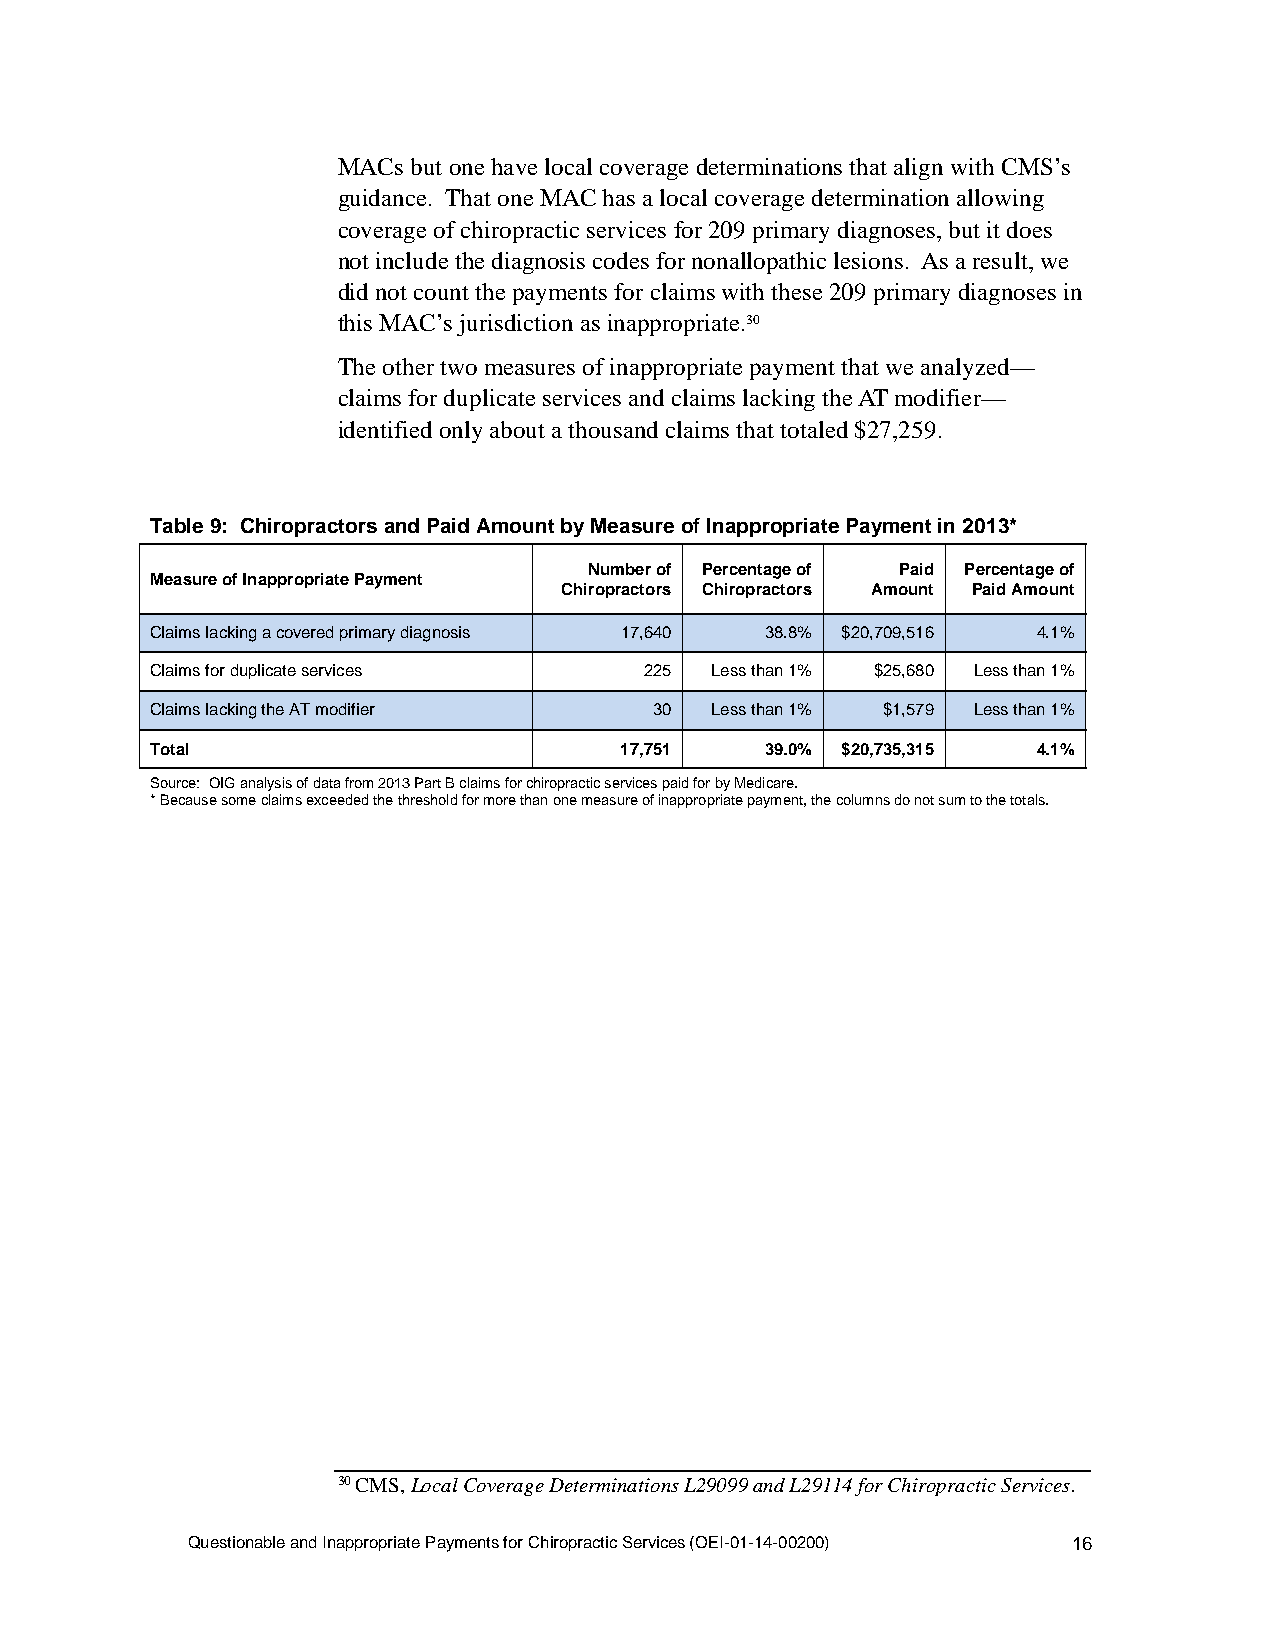
MACs but one have local coverage determinations that align with CMS’s
 guidance. That one MAC has a local coverage determination allowing
 coverage of chiropractic services for 209 primary diagnoses, but it does
 not include the diagnosis codes for nonallopathic lesions. As a result, we
 did not count the payments for claims with these 209 primary diagnoses in
 this MAC’s jurisdiction as inappropriate.30
 The other two measures of inappropriate payment that we analyzed—
 claims for duplicate services and claims lacking the AT modifier—
 identified only about a thousand claims that totaled $27,259.
 Table 9: Chiropractors and Paid Amount by Measure of Inappropriate Payment in 2013*
 Number of Percentage of Paid Percentage of
 Measure of Inappropriate Payment
 Chiropractors Chiropractors Amount Paid Amount
 Claims lacking a covered primary diagnosis 17,640 38.8% $20,709,516 4.1%
 Claims for duplicate services    225 Less than 1% $25,680 Less than 1%
 Claims lacking the AT modifier   30  Less than 1% $1,579 Less than 1%
 Total                          17,751    39.0% $20,735,315 4.1%
 Source: OIG analysis of data from 2013 Part B claims for chiropractic services paid for by Medicare.
 * Because some claims exceeded the threshold for more than one measure of inappropriate payment, the columns do not sum to the totals.
 30 CMS, Local Coverage Determinations L29099 and L29114 for Chiropractic Services.
 Questionable and Inappropriate Payments for Chiropractic Services (OEI-01-14-00200) 16